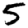
Digit: 5